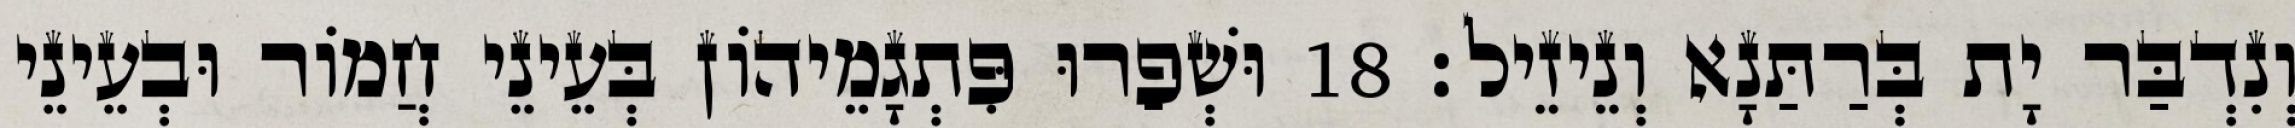
וְנִדְבַּר יָת בְּרַתַּנָא וְנֵיזֵיל׃ 18 וּשְׁפַרוּ פִּתְגָמֵיהוֹן בְּעֵינֵי חֲמוֹר וּבְעֵינֵי